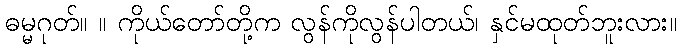
ဓမ္မဂုတ်။ ။ ကိုယ်တော်တို့က လွန်ကိုလွန်ပါတယ်၊ နှင်မထုတ်ဘူးလား။